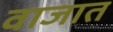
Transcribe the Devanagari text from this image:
वाजात